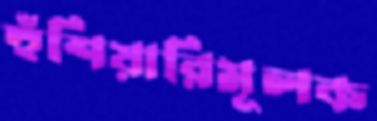
হুঁশিয়ারিমূলক